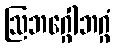
ဩဘဂ္ဂေါဘဂ္ဂံ